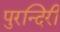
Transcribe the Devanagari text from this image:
पुरन्दिरी